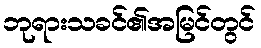
ဘုရားသခင်၏အမြင်တွင်